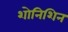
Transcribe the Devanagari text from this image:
शोनिशिन